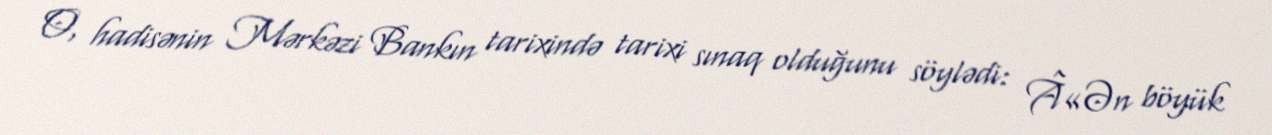
O, hadisənin Mərkəzi Bankın tarixində tarixi sınaq olduğunu söylədi: Â«Ən böyük